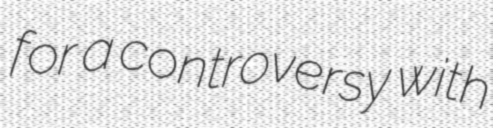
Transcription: for a controversy with